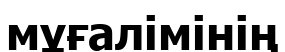
мұғалімінің